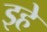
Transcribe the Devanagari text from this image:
इहे